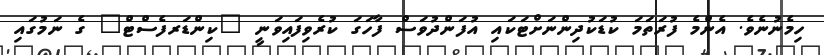
ހިމެނުނެވެ. އެންމެ ފުރަތަމަ ކުޑަކުދިންނަށްޓަކައި އުފަންދުވަސް ފާހަގަ ކުރެވިފައިވަނީ "ކިންޑަރފެސްޓް" ގެ ނަމުގައި